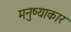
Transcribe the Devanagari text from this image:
मनुष्याकार